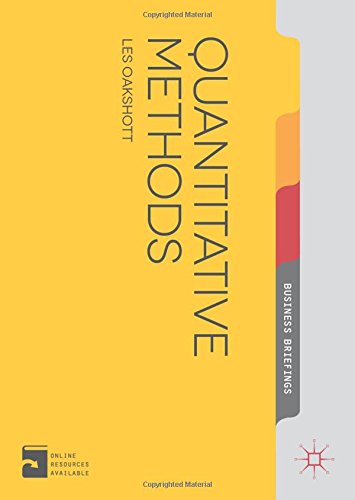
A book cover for Quantitative Methods (Palgrave Business Briefing); Les Oakshott; Business & Money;